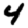
Digit: 4